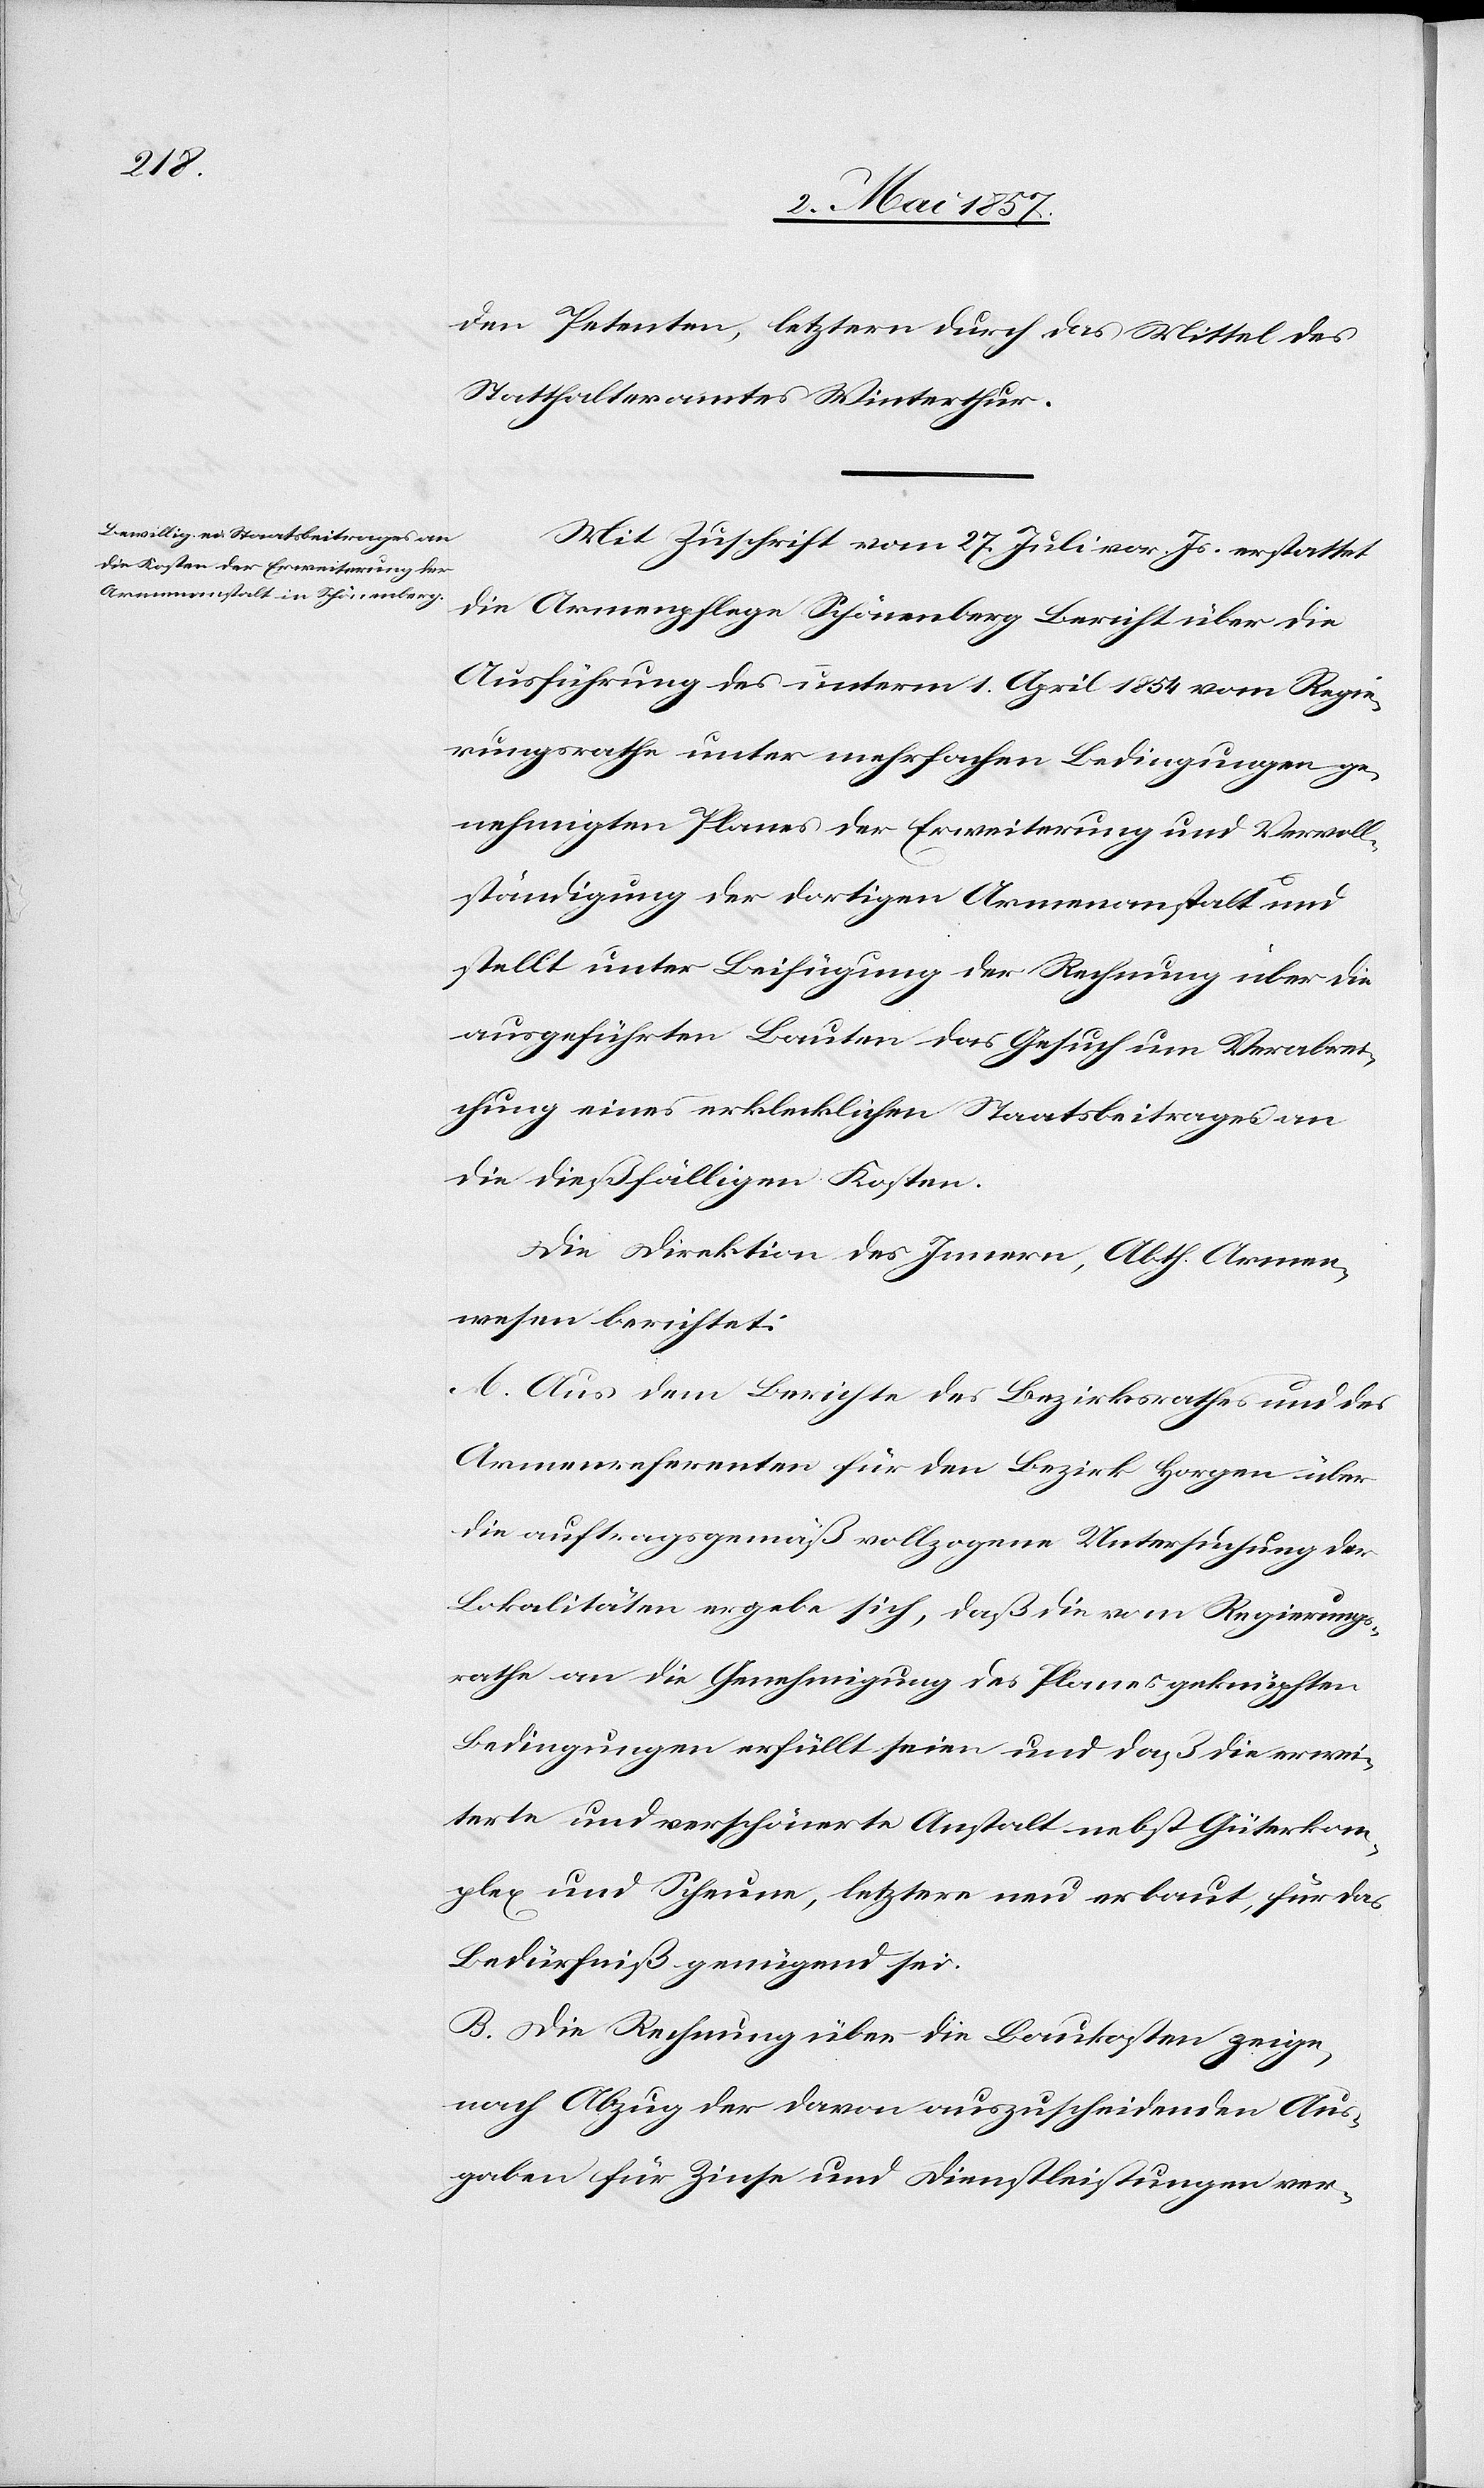
den Petenten, letztern durch das Mittel des
Statthalteramtes Winterthur.
Mit Zuschrift vom 27 Juli vor. Js. erstattet
die Armenpflege Schönenberg Bericht über die
Ausführung des unterm 1 April 1854 vom Regie¬
rungsrathe unter mehrfachen Bedingungen ge¬
nehmigten Planes der Erweiterung und Vervoll¬
ständigung der dortigen Armenanstalt und
stellt unter Beifügung der Rechnung über die
ausgeführten Bauten das Gesuch um Verabrei¬
chung eines erklecklichen Staatsbeitrages an
die dießfälligen Kosten.
Die Direktion des Innern, Abth. Armen¬
wesen berichtet:
A. Aus dem Berichte des Bezirksrathes und des
Armenreferenten für den Bezirk Horgen über
die auftragsgemäß vollzogene Untersuchung der
Lokalitäten ergebe sich, daß die vom Regierungs¬
rathe an die Genehmigung des Planes geknüpften
Bedingungen erfüllt seien und daß die erwei¬
terte und verschönerte Anstalt nebst Güterkom¬
plex und Scheune, letztere neu erbaut, für das
Bedürfniß genügend sei.
B. Die Rechnung über die Baukosten zeige,
nach Abzug der davon auszuschneidenden Aus¬
gaben für Zinse und Dienstleistungen ver-